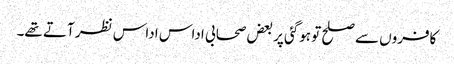
کافروں سے صلح تو ہوگئی پر بعض صحابی اداس اداس نظر آتے تھے۔